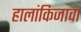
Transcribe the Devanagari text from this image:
हालांकिजावा